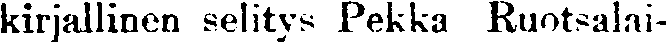
kirjallinen selitys Pekka Ruotsalai-